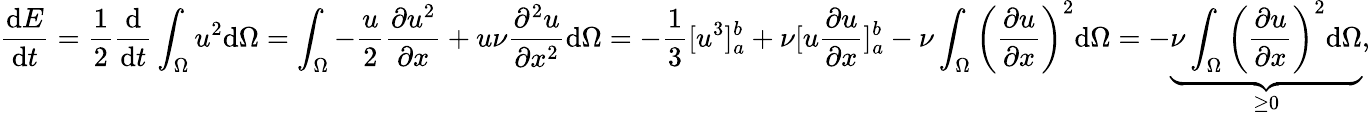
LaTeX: \frac{\mathrm{d}E}{\mathrm{d}t}=\frac{1}{2}\frac{\mathrm{d}}{\mathrm{d}t}\int_{\Omega}u^{2}\mathrm{d}\Omega=\int_{\Omega}-\frac{u}{2}\frac{\partial u^{2}}{\partial x}+u\nu\frac{\partial^{2}u}{\partial x^{2}}\mathrm{d}\Omega=-\frac{1}{3}[u^{3}]_{a}^{b}+\nu[u\frac{\partial u}{\partial x}]_{a}^{b}-\nu\int_{\Omega}\left(\frac{\partial u}{\partial x}\right)^{2}\mathrm{d}\Omega=-\underbrace{\nu\int_{\Omega}\left(\frac{\partial u}{\partial x}\right)^{2}\mathrm{d}\Omega}_{\geq 0},